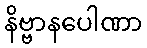
နိဗ္ဗာနပေါဏာ